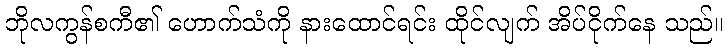
ဘိုလကွန်စကီ၏ ဟောက်သံကို နားထောင်ရင်း ထိုင်လျက် အိပ်ငိုက်နေ သည်။